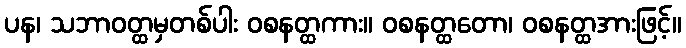
ပန၊ သဘာဝတ္ထမှတစ်ပါး ဝစနတ္ထကား။ ဝစနတ္ထတော၊ ဝစနတ္ထအားဖြင့်။